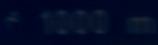
^{\circ}1000\